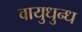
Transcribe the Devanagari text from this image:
वायुधुन्ध